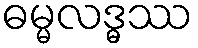
ဓမ္မလဒ္ဓဿ